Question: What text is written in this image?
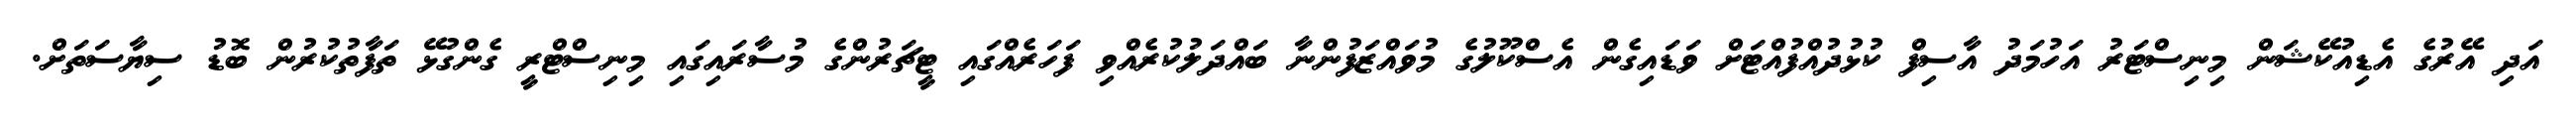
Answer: އަދި އޭރުގެ އެޑިއުކޭޝަން މިނިސްޓަރު އަހުމަދު އާސިފް ކުޅުދުއްފުއްޓަށް ވަޑައިގެން އެސްކޫލުގެ މުވައްޒަފުންނާ ބައްދަލުކުރެއްވި ފަހަރެއްގައި ޓީޗަރުންގެ މުސާރައިގައި މިނިސްޓްރީ ގެންގުޅޭ ތަފާތުކުރުން ބޮޑު ސިޔާސަތަށް.